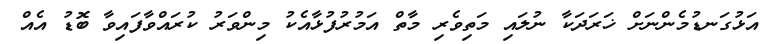
އަޅުގަނޑުމެންނަށް ޚަރަދަކާ ނުލައި މަތިވެރި މާތް އަމުރުފުޅާއެކު މިންވަރު ކުރައްވާފައިވާ ބޮޑު އެއް